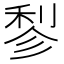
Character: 𬓪